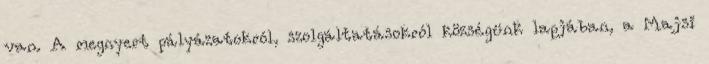
van. A megnyert pályázatokról, szolgáltatásokról községünk lapjában, a Majsi